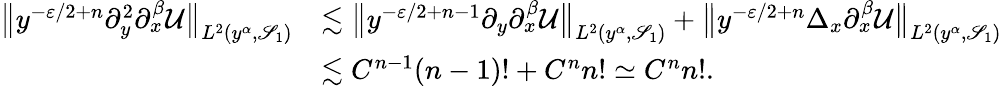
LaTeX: \begin{array}{rl}{\big\| {y^{-\varepsilon/2+n}\partial_{y}^{2}\partial_{x}^{\beta}\mathcal{U}}\big\| _{L^{2}(y^{\alpha},\mathscr{S}_{1})}}&{\lesssim\big\| {y^{-\varepsilon/2+n-1}\partial_{y}\partial_{x}^{\beta}\mathcal{U}}\big\| _{L^{2}(y^{\alpha},\mathscr{S}_{1})}+\big\| {y^{-\varepsilon/2+n}\Delta_{x}\partial_{x}^{\beta}\mathcal{U}}\big\| _{L^{2}(y^{\alpha},\mathscr{S}_{1})}}\\ &{\lesssim C^{n-1}(n-1)!+C^{n}n!\simeq C^{n}n!.}\end{array}